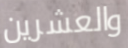
والعشرين